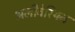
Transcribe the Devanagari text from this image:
अलीवेरियन